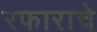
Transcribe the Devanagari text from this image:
रफाराचे